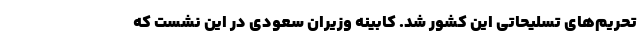
تحریم‌های تسلیحاتی این کشور شد. کابینه وزیران سعودی در این نشست که